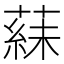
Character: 𬞍